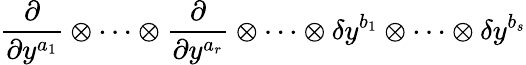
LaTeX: \frac\partial{\partial y^{a_{1}}}\otimes\cdots\otimes\frac\partial{\partial y^{a_{r}}}\otimes\cdots\otimes\delta y^{b_{1}}\otimes\cdots\otimes\delta y^{b_{s}}